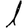
Digit: 1